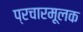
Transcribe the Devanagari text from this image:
प्रचारमूलक